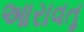
આરાવતૂ